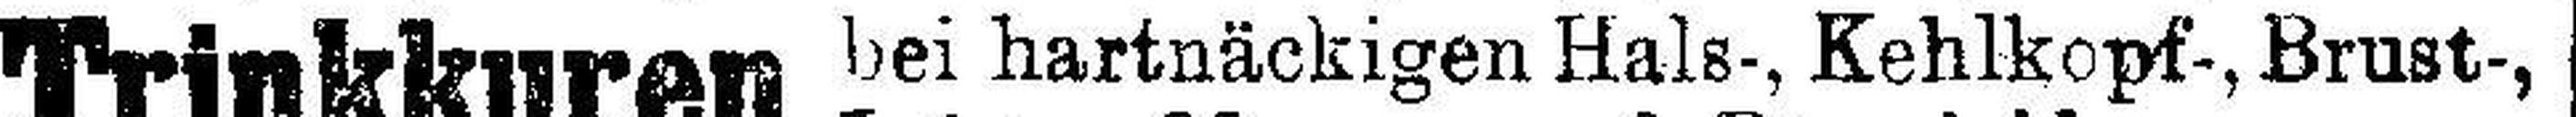
bei hartnäckigen Hals-, Kehlkopf-, Brust-,